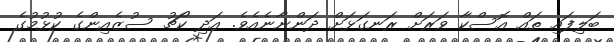
ބަލިފައި ތައް އޮސްކާ ވަރަށް ރަނގަޅަށް ދަންނާނެއެވެ. އަދި ކޯޗު ސުޒެއިންގެ ކުޅުމުގެ